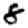
Digit: 8